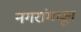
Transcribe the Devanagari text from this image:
नगरांमधून